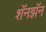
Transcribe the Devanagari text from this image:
शॅनझॅन